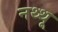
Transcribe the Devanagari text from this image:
नथ्थू